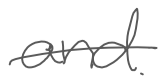
Text: and
Cross-out: single-line
Writing tool: digital_gray